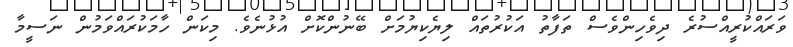
ވަރައްކުރީއްސުރެ ދިވެހިންވެސް ތަފާތު އަކުރުތައް ލިޔެކިޔުމަށް ބޭނުންކޮށް އުޅުނެވެ. މިކަން ހާމަކުރައްވަމުން ނަސީމާ